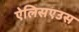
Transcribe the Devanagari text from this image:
ऐलिसएउस